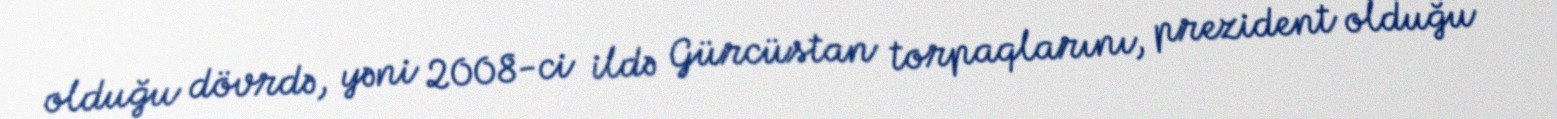
olduğu dövrdə, yəni 2008-ci ildə Gürcüstan torpaqlarını, prezident olduğu